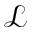
\mathcal { L }